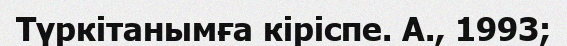
Түркітанымға кіріспе. А., 1993;